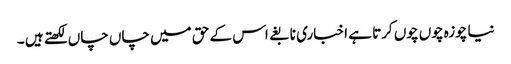
نیا چوزہ چوں چوں کرتا ہے اخباری نابغے اس کے حق میں چاں چاں لکھتے ہیں ۔